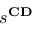
s ^ { \mathbf { C D } }